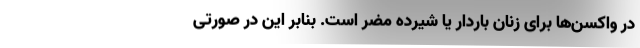
در واکسن‌ها برای زنان باردار یا شیرده مضر است. بنابر این در صورتی